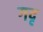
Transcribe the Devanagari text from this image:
गदृ